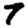
Digit: 7